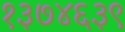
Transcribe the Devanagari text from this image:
१३७४६३९